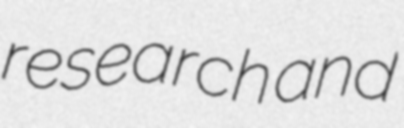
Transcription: research and